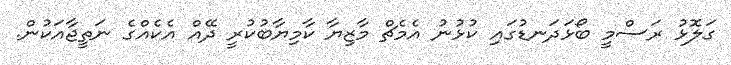
ގަލޮޅު ރަސްމީ ބޯޅަދަނޑުގައި ކުޅުނު އެމެޗް މާޒިޔާ ކާމިޔާބުކުރީ ދޭއް އެކެއްގެ ނަތީޖާއަކުން.